Report on vaccination in the Province of Bengal - 1869-1873
Year: 1869
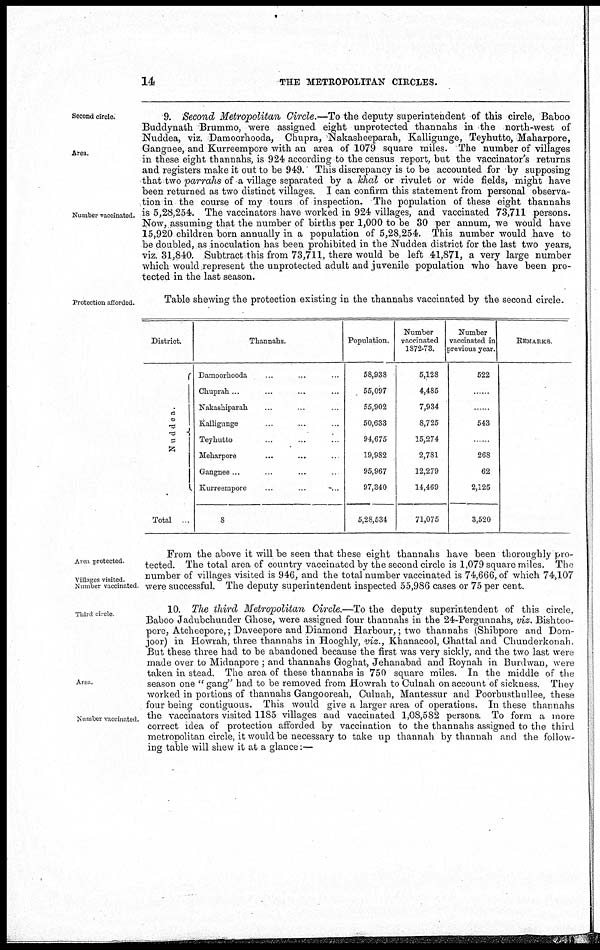
14
THE METROPOLITAN CIRCLES.
Second circle.
Area.
Number vaccinated.
9. Second Metropolitan Circle.—To the deputy superintendent of this circle, Baboo
Buddynath Brummo, were assigned eight unprotected thannahs in the north-west of
Nuddea, viz. Damoorhooda, Chupra, Nakasheeparah, Kalligunge, Teyhutto, Maharpore,
Gangnee, and Kurreempore with an area of 1079 square miles. The number of villages
in these eight thannahs, is 924 according to the census report, but the vaccinator's returns
and registers make it out to be 949. This discrepancy is to be accounted for by supposing
that two parrahs of a village separated by a khal or rivulet or wide fields, might have
been returned as two distinct villages. I can confirm this statement from personal observa-
tion in the course of my tours of inspection. The population of these eight thannahs
is 5,28,254. The vaccinators have worked in 924 villages, and vaccinated 73,711 persons.
Now, assuming that the number of births per 1,000 to be 30 per annum, we would have
15,920 children born annually in a population of 5,28,254. This number would have to
be doubled, as inoculation has been prohibited in the Nuddea district for the last two years,
viz. 31,840. Subtract this from 73,711, there would be left 41,871, a very large number
which would represent the unprotected adult and juvenile population who have been pro-
tected in the last season.
Protection afforded.
Table shewing the protection existing in the thannahs vaccinated by the second circle.
District.
Nuddea.
Total
Thannahs.
Damoorhooda ... ... ...
Chuprah... ... ...
Nakashiparah ... ... ...
Kalligunge ... ... ...
Teyhutto
...
...
...
Meharpore ... ... ...
Gangnee ... ... ...
Kurreempore
...
...
...
8
Population.
58,938
55,097
55,902
50,633
94,675
19,982
95,967
97,340
5,28,534
Number
vaccinated
1872-73.
5,128
4,485
7,934
8,725
15,274
2,781
12,279
14,469
71,075
Number
vaccinated in
previous year.
522
...
543
...
268
62
2,125
3,520
REMARKS
Area protected
Villages visited.
Number vaccinated
From the above it will be seen that these eight thannahs have been thoroughly pro-
tected. The total area of country vaccinated by the second circle is 1,079 square miles. The
number of villages visited is 946, and the total number vaccinated is 74,666, of which 74,107
were successful. The deputy superintendent inspected 55,986 cases or 75 per cent.
Third circle
Area.
Number vaccinated.
10. The third Metropolitan Circle.—To the deputy superintendent of this circle,
Baboo Jadubchunder Ghose, were assigned four thannahs in the 24-Pergunnahs, viz. Bishtoo-
pore, Atcheepore,; Daveepore and Diamond Harbour,; two thannahs (Shibpore and Dom-
joor) in Howrah, three thannahs in Hooghly, viz., Khanacool, Ghattal and Chunderkonah.
But these three had to be abandoned because the first was very sickly, and the two last were
made over to Midnapore ; and thannahs Goghat, Jehanabad and Roynah in Burdwan, were
taken in stead. The area of these thannahs is 750 square miles. In the middle of the
season one " gang" had to be removed from Howrah to Culnah on account of sickness. They
worked in portions of thannahs Gangooreah, Culnah, Mantessur and Poorbusthullee, these
four being contiguous. This would give a larger area of operations. In these thannahs
the vaccinators visited 1185 villages and vaccinated 1,08,582 persons. To form a more
correct idea of protection afforded by vaccination to the thannahs assigned to the third
metropolitan circle, it would be necessary to take up thannah by thannah and the follow-
ing table will shew it at a glance:—